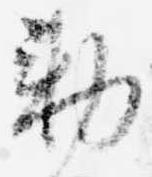
勅